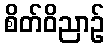
စိတ်ဝိညာဉ်